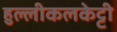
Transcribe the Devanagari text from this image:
हुल्लीकलकेट्टी